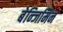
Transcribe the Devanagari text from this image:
बेन्जिमिन